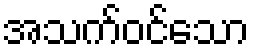
အသက်ဝင်သော